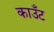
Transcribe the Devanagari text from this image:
काउँट